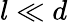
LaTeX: l\ll d